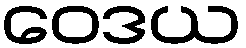
ဝေဒယ